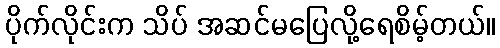
ပိုက်လိုင်းက သိပ် အဆင်မပြေလို့ရေစိမ့်တယ်။